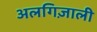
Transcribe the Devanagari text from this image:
अलगिज़ाली